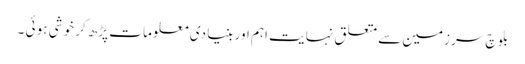
بلو چ سر زمین سے متعلق نہا یت اہم اور بنیا دی معلو ما ت پڑھ کر خو شی ہو ئی ۔